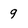
Character: 9